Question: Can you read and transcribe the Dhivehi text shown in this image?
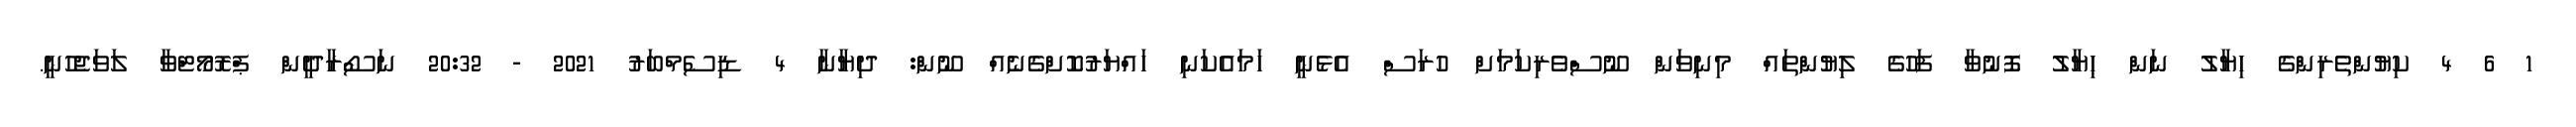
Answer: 1 6 4 ކިޔުންތެރިންގެ ހިޔާލު ނަން ޙިޔާލު ފޮނުވާ ފަހުގެ ލިޔުންތައް މިނިވަން ނޫސްވެރިކަމަށް ހުރަސް އެޅެނީ ހަމައެކަނި ހައްޔަރުކޮށްގެނެއް ނޫން: ދިޔާނާ 4 ޑިސެމްބަރު 2021 - 20:32 ނަސޯރާދީން ޕްރޮމޯޓްވާ ލަވަޖެހުނީ.